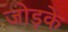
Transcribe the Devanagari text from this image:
जोड़के